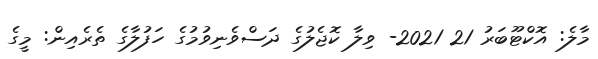
މާލެ: އޮކްޓޫބަރު 21 2021- ވިލާ ކޮޖެލުގެ ދަސްވެނިވުމުގެ ހަފުލާގެ ތެރެއިން: މީގެ